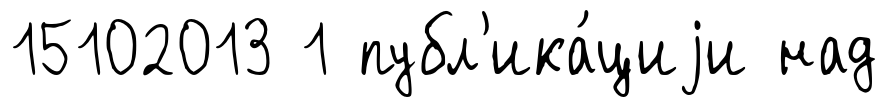
15102013 1 публ'ика́циjи над